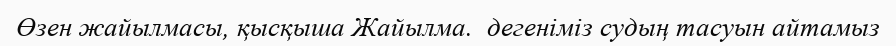
Өзен жайылмасы, қысқыша Жайылма.  дегеніміз судың тасуын айтамыз